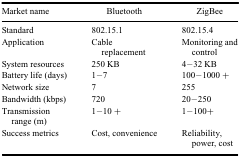
<table><thead><tr><td><b>Market name</b></td><td><b>Bluetooth</b></td><td><b>ZigBee</b></td></tr></thead><tbody><tr><td>Standard</td><td>802.15.1</td><td>802.15.4</td></tr><tr><td>Application</td><td>Cable replacement</td><td>Monitoring and control</td></tr><tr><td>System resources</td><td>250 KB</td><td>4–32 KB</td></tr><tr><td>Battery life (days)</td><td>1–7</td><td>100–1000 +</td></tr><tr><td>Network size</td><td>7</td><td>255</td></tr><tr><td>Bandwidth (kbps)</td><td>720</td><td>20–250</td></tr><tr><td>Transmission range (m)</td><td>1–10 +</td><td>1–100+</td></tr><tr><td>Success metrics</td><td>Cost, convenience</td><td>Reliability, power, cost</td></tr></tbody></table>